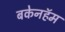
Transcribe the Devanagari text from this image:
बकेनहॅम